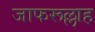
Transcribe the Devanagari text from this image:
जाफरूल्लाह